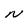
Character: N